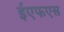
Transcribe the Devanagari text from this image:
ईएफएस